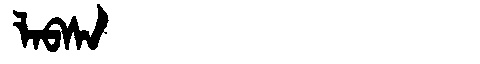
Manchu: ᠯᠠᠪᠰᠠ
Romanization: LABSA